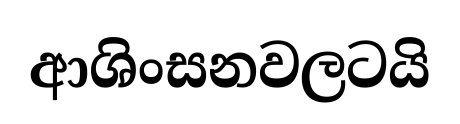
ආශිංසනවලටයි